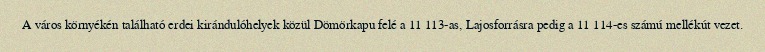
A város környékén található erdei kirándulóhelyek közül Dömörkapu felé a 11 113-as, Lajosforrásra pedig a 11 114-es számú mellékút vezet.